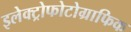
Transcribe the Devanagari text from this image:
इलेक्ट्रोफोटोग्राफिक